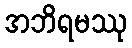
အဘိရမဿု